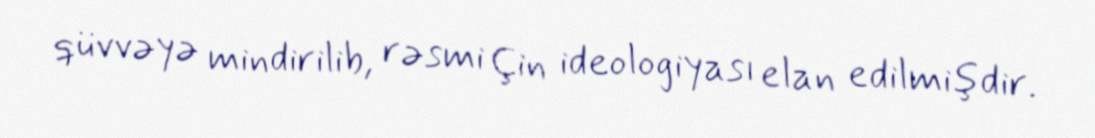
qüvvəyə mindirilib, rəsmi Çin ideologiyası elan edilmişdir.